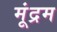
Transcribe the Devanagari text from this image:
मूंद्रम